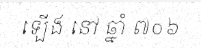
ឡើង នៅ ឆ្នាំ ៧០៦